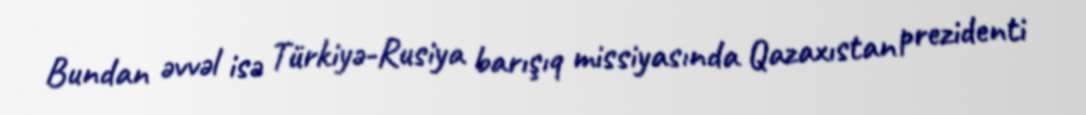
Bundan əvvəl isə Türkiyə-Rusiya barışıq missiyasında Qazaxıstan prezidenti